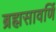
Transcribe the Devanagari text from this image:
ब्रह्मसावर्णि